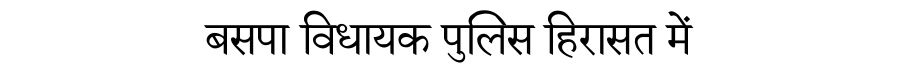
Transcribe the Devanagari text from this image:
बसपा विधायक पुलिस हिरासत में